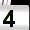
Digit: 4